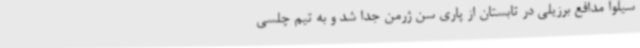
سیلوا مدافع برزیلی در تابستان از پاری سن ژرمن جدا شد و به تیم چلسی